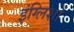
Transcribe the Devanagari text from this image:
इंग्लिशों